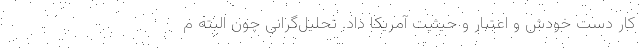
کار دست خودش و اعتبار و حیثیت آمریکا داد. تحلیل‌گرانی چون البته م